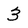
Character: 3